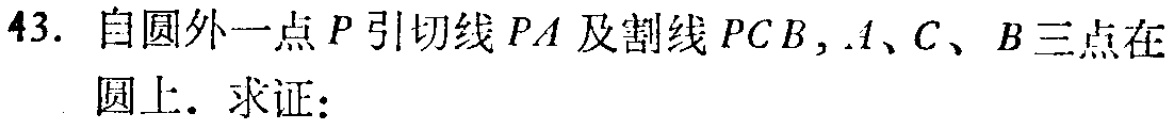
43. 自圆外一点\(P\)引切线\(PA\)及割线\(PCB\)，\(A\)、\(C\)、\(B\)三点在圆上. 求证：